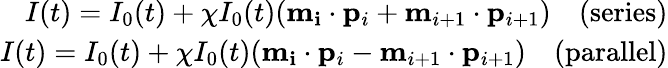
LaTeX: \begin{array}{r}{I(t)=I_{0}(t)+\chi I_{0}(t)(\mathbf{m_{i}}\cdot\mathbf{p}_{i}+\mathbf{m}_{i+1}\cdot\mathbf{p}_{i+1})\quad\textrm{(series)}}\\ {I(t)=I_{0}(t)+\chi I_{0}(t)(\mathbf{m_{i}}\cdot\mathbf{p}_{i}-\mathbf{m}_{i+1}\cdot\mathbf{p}_{i+1})\quad\textrm{(parallel)}}\end{array}